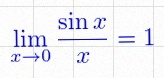
\lim_{x\to0}\frac{\sin x}{x}=1